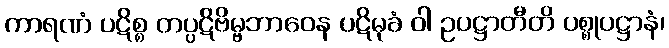
ကာရဏံ ပဋိစ္စ တပ္ပဋိဗိမ္ဗဘာဝေန ပဋိမုခံ ဝါ ဥပဋ္ဌာတီတိ ပစ္စုပဋ္ဌာနံ၊